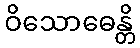
ဝိသောဓေန္တိ